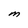
Character: M